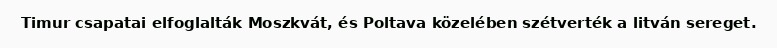
Timur csapatai elfoglalták Moszkvát, és Poltava közelében szétverték a litván sereget.